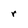
Character: r